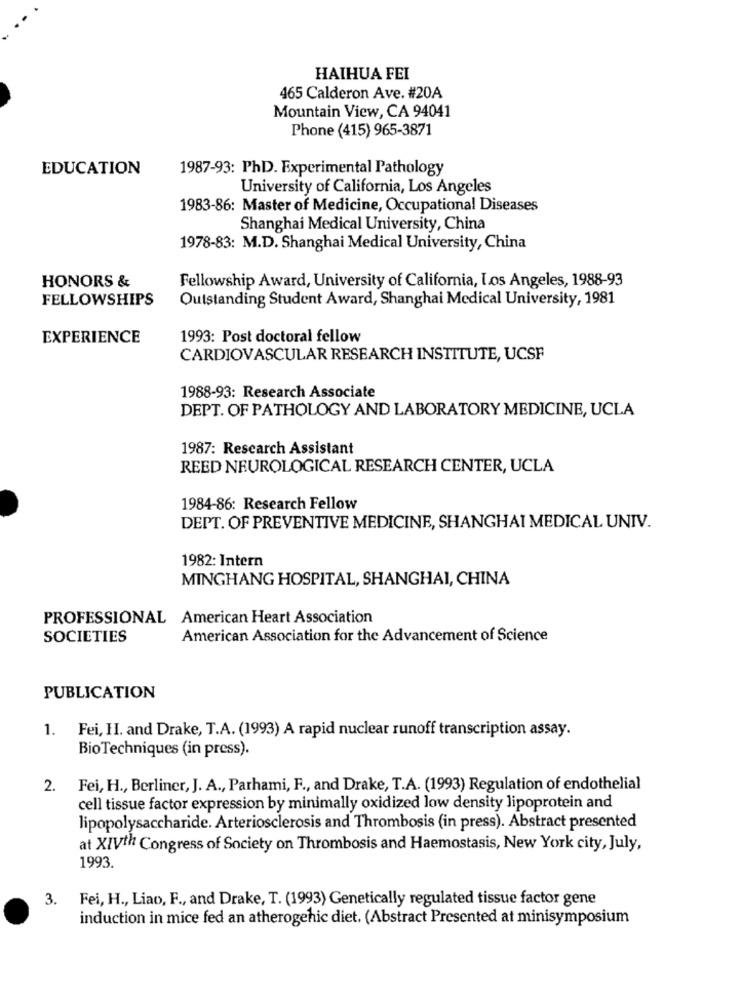
HAIHUA FEI
465 Calderon Ave. #20A
Mountain View, CA 94041
Phone (415) 965-3871
EDUCATION
1987-93: PhD. Experimental Pathology
University of California, Los Angeles
1983-86: Master of Medicine, Occupational Diseases
Shanghai Medical University, China
1978-83: M.D. Shanghai Medical University, China
HONORS &
Fellowship Award, University of California, Los Angeles, 1988-93
FELLOWSHIPS
Outstanding Student Award, Shanghai Medical University, 1981
EXPERIENCE
1993: Post doctoral fellow
CARDIOVASCULAR RESEARCH INSTITUTE, UCSF
1988-93: Research Associate
DEPT. OF PATHOLOGY AND LABORATORY MEDICINE, UCLA
1987: Research Assistant
REED NEUROLOGICAL RESEARCH CENTER, UCLA
1984-86: Research Fellow
DEPT. OF PREVENTIVE MEDICINE, SHANGHAI MEDICAL UNIV.
1982: Intern
MINGHANG HOSPITAL, SHANGHAI, CHINA
PROFESSIONAL American Heart Association
SOCIETIES
American Association for the Advancement of Science
PUBLICATION
1. Fei, HI. and Drake, T.A. (1993) A rapid nuclear runoff transcription assay.
BioTechniques (in press).
2. Fei, H ., Berliner, J. A ., Parhami, F ., and Drake, T.A. (1993) Regulation of endothelial
cell tissue factor expression by minimally oxidized low density lipoprotein and
lipopolysaccharide. Arteriosclerosis and Thrombosis (in press). Abstract presented
at XIVth Congress of Society on Thrombosis and Haemostasis, New York city, July,
1993.
3. Fei, H ., Liao, F ., and Drake, T. (1993) Genetically regulated tissue factor gene
induction in mice fed an atherogenic diet. (Abstract Presented at minisymposium